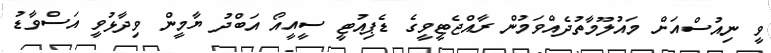
ވީ ނިއުސްއަށް މައުލޫމާތުދެއްވަމުން ރާއްޖެޓީވީގެ ޑެޕިއުޓީ ސީއީއޯ އަބްދު ޔާމީން ވިދާޅުވީ އަސްވާޑު